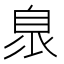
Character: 𦤌